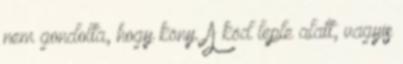
nem gondolta, hogy köny. A köd leple alatt, vagyis